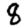
Digit: 8